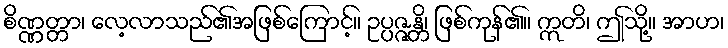
စိဏ္ဏတ္တာ၊ လေ့လာသည်၏အဖြစ်ကြောင့်။ ဥပ္ပဇ္ဇန္တိ၊ ဖြစ်ကုန်၏။ ဣတိ၊ ဤသို့။ အာဟ၊